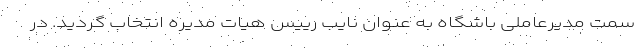
سمت مدیرعاملی باشگاه به عنوان نایب رییس هیات مدیره انتخاب گردید. در